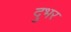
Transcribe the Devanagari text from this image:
दुभर